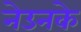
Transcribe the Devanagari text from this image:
नेउनके